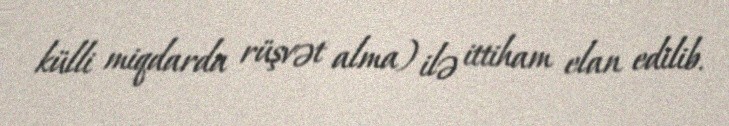
külli miqdarda rüşvət alma) ilə ittiham elan edilib.